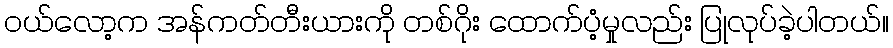
၀ယ်လော့က အန်ကတ်တီးယားကို တစ်ဂိုး ထောက်ပံ့မှုလည်း ပြုလုပ်ခဲ့ပါတယ်။